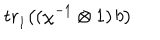
\mathrm { t r } { \vphantom | } _ { 1 } \bigl ( ( \chi ^ { - 1 } \otimes 1 ) \, b \bigr )